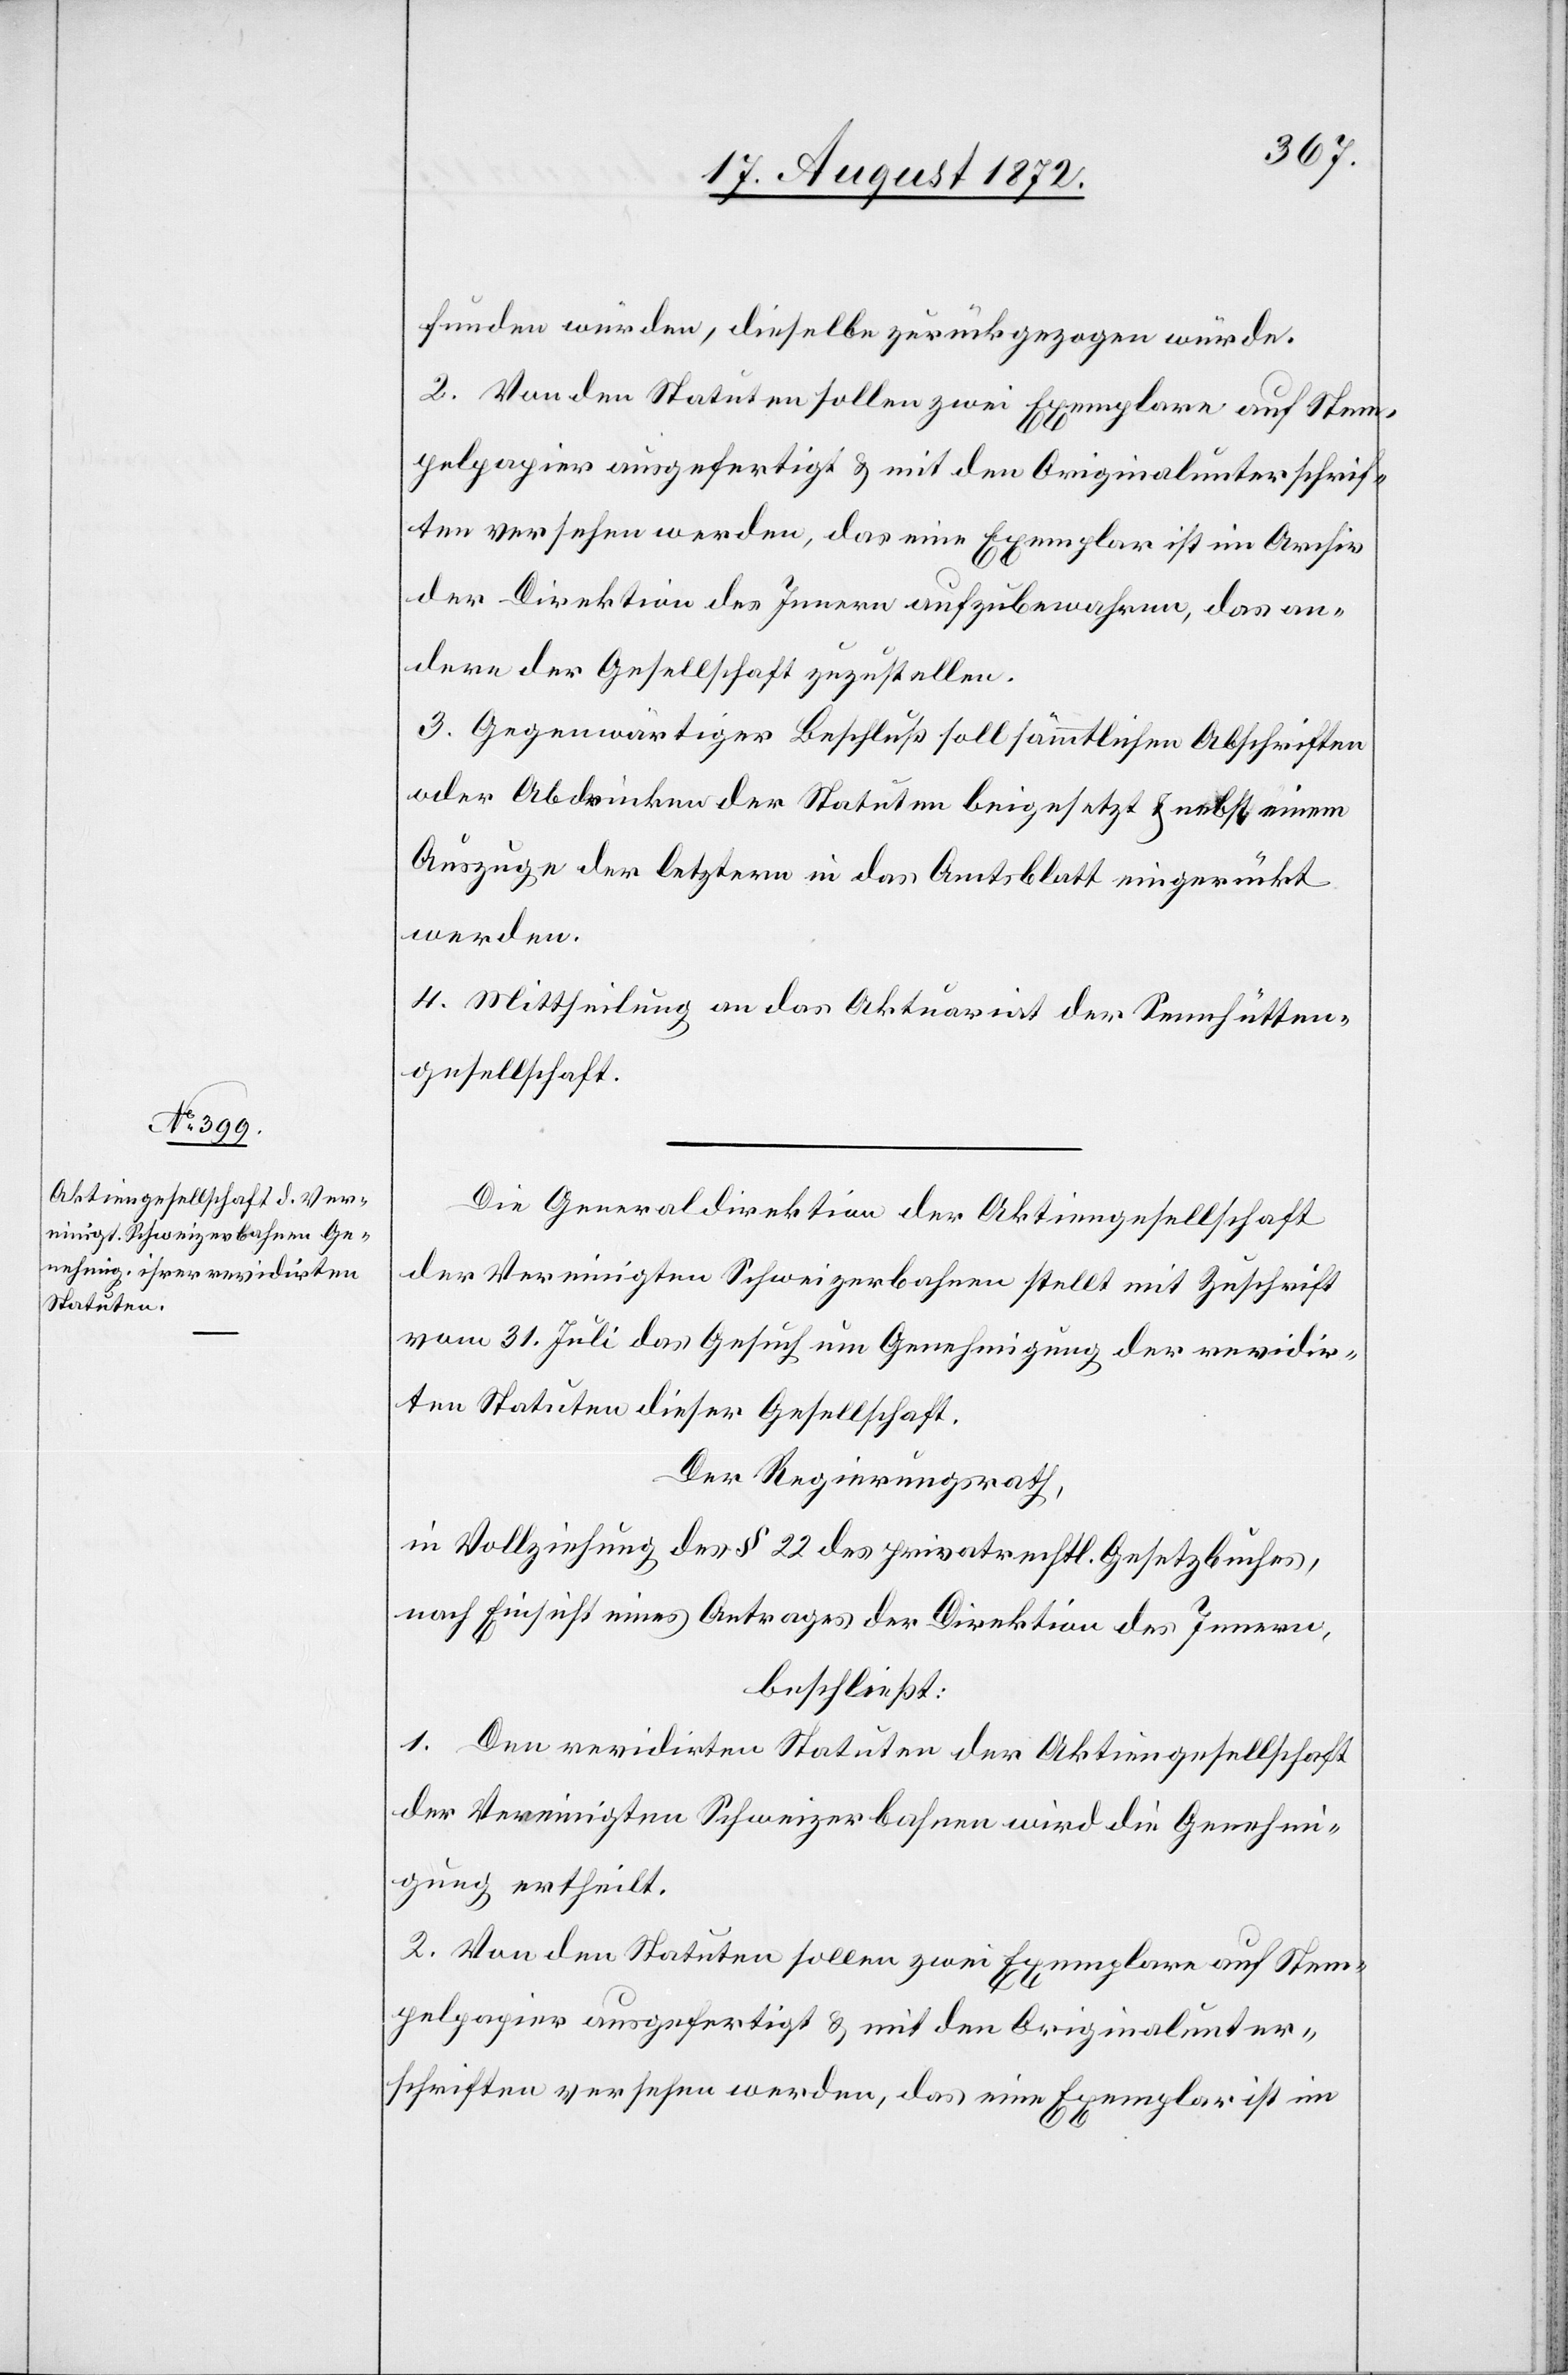
funden würden, dieselbe zurückgezogen würde.
2. Von den Statuten sollen zwei Exemplare auf Stem¬
pelpapier ausgefertigt u. mit den Originalunterschrif¬
ten versehen werden, das eine Exemplar ist im Archiv
der Direktion des Innern aufzubewahren, das an¬
dere der Gesellschaft zuzustellen.
3. Gegenwärtiger Beschluß soll sämmtlichen Abschriften
oder Abdrücken der Statuten beigesetzt u. nebst einem
Auszuge der letztern in das Amtsblatt eingerückt
werden.
4. Mittheilung an das Aktuariat der Sennhütten¬
gesellschaft.
Die Generaldirektion der Aktiengesellschaft
der Vereinigten Schweizerbahnen stellt mit Zuschrift
vom 31. Juli das Gesuch um Genehmigung der revidir¬
ten Statuten dieser Gesellschaft.
Der Regierungsrath,
in Vollziehung des § 22 des privatrechtl. Gesetzbuches,
nach Einsicht eines Antrages der Direktion des Innern,
beschließt:
1. Den revidirten Statuten der Aktiengesellschaft
der Vereinigten Schweizerbahnen wird die Genehmi¬
gung ertheilt.
2. Von den Statuten sollen zwei Exemplare auf Stem¬
pelpapier ausgefertigt u. mit den Originalunter¬
schriften versehen werden, das eine Exemplar ist im